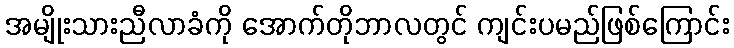
အမျိုးသားညီလာခံကို အောက်တိုဘာလတွင် ကျင်းပမည်ဖြစ်ကြောင်း